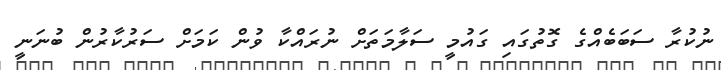
ނުކުރާ ސަބަބެއްގެ ގޮތުގައި ގައުމީ ސަލާމަތަށް ނުރައްކާ ވުން ކަމަށް ސަރުކާރުން ބުނަނީ